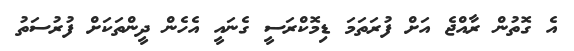
އެ ގޮތުން ރާއްޖެ އަށް ފުރަތަމަ ޑިމޮކްރަސީ ގެނައީ އެހެން ދީންތަކަށް ފުރުސަތު